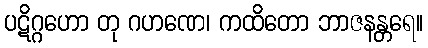
ပဋိဂ္ဂဟော တု ဂဟဏေ၊ ကထိတော ဘာဇနန္တရေ။